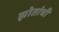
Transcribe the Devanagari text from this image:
झोतांची